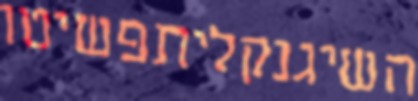
השיגנקליתפשיטו